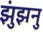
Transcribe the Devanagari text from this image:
झुंझनु